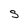
Character: S